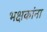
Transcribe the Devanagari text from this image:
भक्षकांना